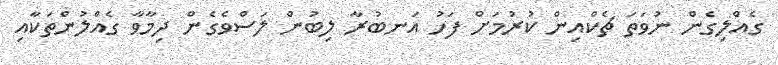
ގެއްލިގެން ނުވަތަ ޗެކްއިން ކުރުމަށް ފަހު އަނބުރާ ލިބުން ލަސްވެގެން ދިމާވާ ގެއްލުންތަކާއި